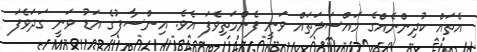
އެތައް ކުދިންނެއްގެ މައްސަލަތައް ވަނީ ފެންމަތިވެފަ އެވެ. އިންސާފުގެ އަޑު ވަނީ ގަދަވެފަ